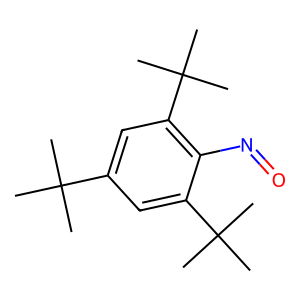
SMILES: CC(C)(C)c1cc(C(C)(C)C)c(N=O)c(C(C)(C)C)c1
Inhibits HIV replication: No